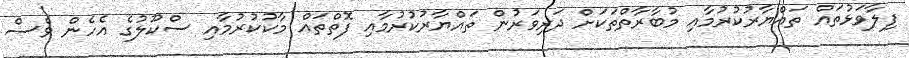
ފިލާވަޅުތައް ތައްޔާރުކުރުމާއި މުބާރާތްތަކަށް ދަރިވަރުން ތައްޔާރުކުރުމާއި ފޮތްތައް މާކުކުރުމާއި ސްކޫލުގެ އެހެން ވެސް